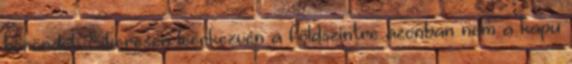
bőröndöt. Sikeresen leérkezvén a földszintre azonban nem a kapu